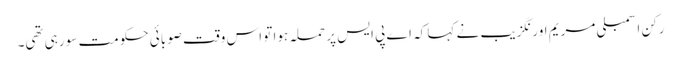
رکن اسمبلی مریم اورنگزیب نے کہا کہ اے پی ایس پر حملہ ہوا تو اس وقت صوبائی حکومت سو رہی تھی۔